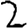
Digit: 2